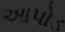
આપોડ